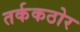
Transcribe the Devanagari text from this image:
तर्ककठोर